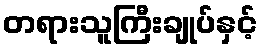
တရားသူကြီးချုပ်နှင့်